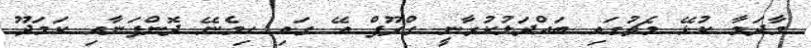
މާދަމާ ކުޅޭ މެޗުުގައި ބައްދަލުކުރާނީ ގްރޫޕް އޭ ގައި ހިމެނޭ ދޮންފަނާއި ކަމަދޫ